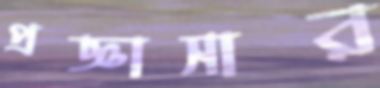
প্রজ্ঞাসার